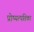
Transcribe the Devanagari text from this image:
प्रोष्यत्पतिका